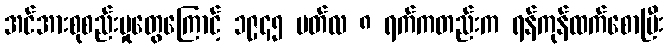
အင်အားစုစည်းမှုတွေကြောင့် ၁၉၄၅ မတ်လ ၈ ရက်ကတည်းက ရန်ကုန်ထက်စောပြီး